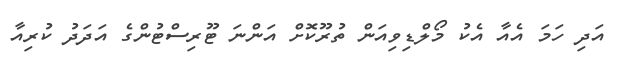
އަދި ހަމަ އެއާ އެކު މޯލްޑިވިއަން ތުރޫކޮށް އަންނަ ޓޫރިސްޓުންގެ އަދަދު ކުރިއާ